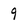
Character: 9